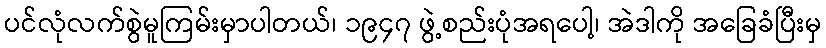
ပင်လုံလက်စွဲမူကြမ်းမှာပါတယ်၊ ၁၉၄၇ ဖွဲ့စည်းပုံအရပေါ့၊ အဲဒါကို အခြေခံပြီးမှ